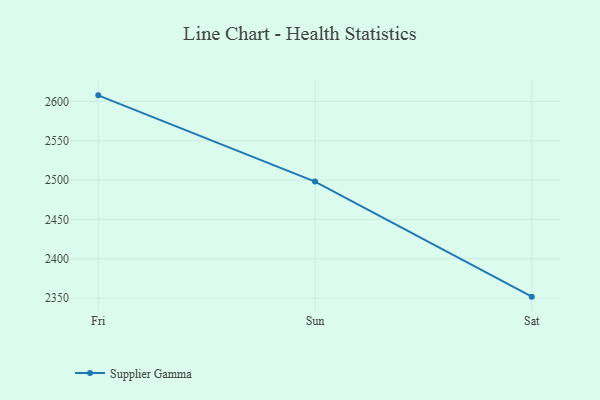
{"axis": {"x": "Day", "y": "Waste Production (Tons)"}, "legend": ["Supplier Gamma"], "data": [{"x": "Fri", "y": 2607.7, "type": "Supplier Gamma"}, {"x": "Sun", "y": 2498.1, "type": "Supplier Gamma"}, {"x": "Sat", "y": 2351.9, "type": "Supplier Gamma"}]}